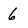
Character: 6